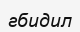
гбидил